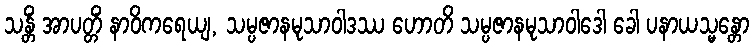
သန္တိံ အာပတ္တိံ နာဝိကရေယျ, သမ္ပဇာနမုသာဝါဒဿ ဟောတိ သမ္ပဇာနမုသာဝါဒေါ ခေါ ပနာယသ္မန္တော